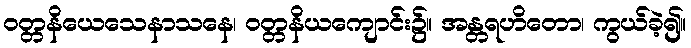
ဝတ္တနိယေသေနာသနေ၊ ဝတ္တနိယကျောင်း၌။ အန္တရဟိတော၊ ကွယ်ခဲ့၍။